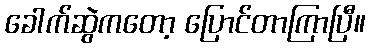
ခေါက်ဆွဲကတော့ ပြောင်တာကြာပြီ။